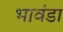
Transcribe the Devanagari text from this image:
भावंडा